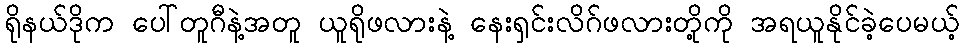
ရိုနယ်ဒိုက ပေါ်တူဂီနဲ့အတူ ယူရိုဖလားနဲ့ နေးရှင်းလိဂ်ဖလားတို့ကို အရယူနိုင်ခဲ့ပေမယ့်